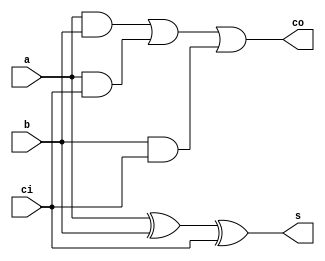
module fa_behavioral(a,b,ci,s,co);
       input a,b;
       input ci;
       output  s;
       output co;



       assign s=(a^b^ci);
       assign co=((a&b)|(a&ci)|(b&ci));



endmodule